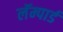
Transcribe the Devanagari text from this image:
लॅम्पार्ड